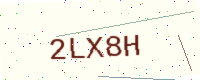
Text: 2LX8H